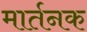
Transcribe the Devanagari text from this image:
मार्तनक